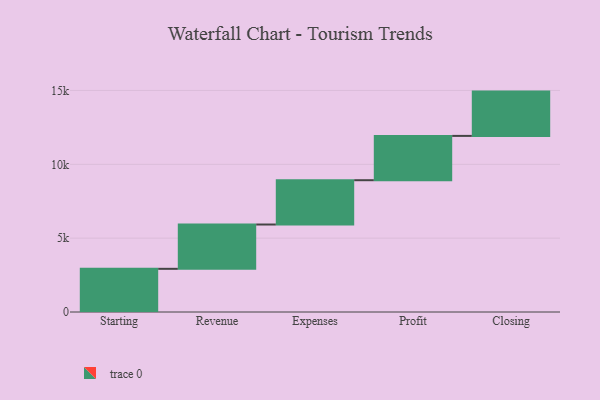
{"axis": {"x": "Step", "y": "Value"}, "legend": [""], "data": [{"x": "Starting", "y": 2924.0, "type": ""}, {"x": "Revenue", "y": 3000, "type": ""}, {"x": "Expenses", "y": 3000, "type": ""}, {"x": "Profit", "y": 3000, "type": ""}, {"x": "Closing", "y": 3000, "type": ""}]}